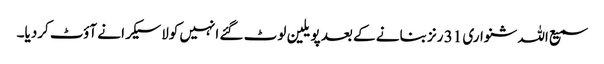
سمیع اللہ شنواری 31 رنز بنانے کے بعد پویلین لوٹ گئے انہیں کولاسیکرا نے آؤٹ کردیا۔